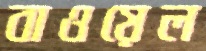
বাওয়েল